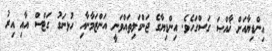
އިންޑިޔާއަށް ޚާއްޞަ ގަސްގަހެވެ. އިންޑިޔާގެ ޖަންގަލިތައްވަނީ އަންޒަމާނާއި ހުޅނަގު ގަޓްސް އާއި އިރު